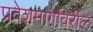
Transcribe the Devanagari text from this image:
प्रवेशमार्गावरील